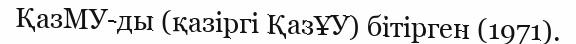
ҚазМУ-ды (қазіргі ҚазҰУ) бітірген (1971).